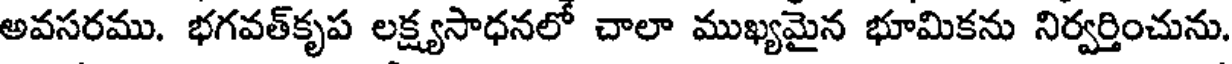
అవసరము. భగవత్కృప లక్ష్యసాధనలో చాలా ముఖ్యమైన భూమికను నిర్వర్తించును.